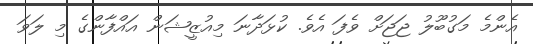
އެންމެ މަގުބޫލު ޖަޖަށް ވެފަ އެެވެ. ކުޅަދާނަ މިއުޒީޝަން އައްފާންގެ މި ލަވަ